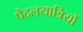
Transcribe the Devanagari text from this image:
पैदलयात्रियों